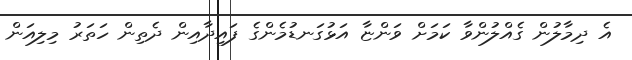
އެ ދިމާލުން ގެއްލުންވާ ކަމަށް ވަންޏާ އަޅުގަނޑުމެންގެ ފައިދާއިން ދެތިން ހަތަރު މިލިއަން